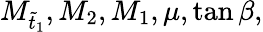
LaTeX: M_{\tilde{t}_{1}},M_{2},M_{1},\mu,\tan\beta,